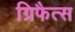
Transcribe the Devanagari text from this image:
ग्रिफैत्स